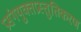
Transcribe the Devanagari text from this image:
प्रसंगयुक्तप्रस्तुतिकरण